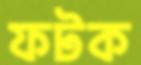
ফটক